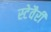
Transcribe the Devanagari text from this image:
स्टेवैरी